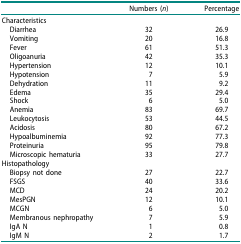
|  | Numbers (n) | Percentage |
 | --- | --- | --- |
 | <COLSPAN=3> Characteristics |
 | Diarrhea | 32 | 26.9 |
 | Vomiting | 20 | 16.8 |
 | Fever | 61 | 51.3 |
 | Oligoanuria | 42 | 35.3 |
 | Hypertension | 12 | 10.1 |
 | Hypotension | 7 | 5.9 |
 | Dehydration | 11 | 9.2 |
 | Edema | 35 | 29.4 |
 | Shock | 6 | 5.0 |
 | Anemia | 83 | 69.7 |
 | Leukocytosis | 53 | 44.5 |
 | Acidosis | 80 | 67.2 |
 | Hypoalbuminemia | 92 | 77.3 |
 | Proteinuria | 95 | 79.8 |
 | Microscopic hematuria | 33 | 27.7 |
 | <COLSPAN=3> Histopathology |
 | Biopsy not done | 27 | 22.7 |
 | FSGS | 40 | 33.6 |
 | MCD | 24 | 20.2 |
 | MesPGN | 12 | 10.1 |
 | MCGN | 6 | 5.0 |
 | Membranous nephropathy | 7 | 5.9 |
 | IgA N | 1 | 0.8 |
 | IgM N | 2 | 1.7 |